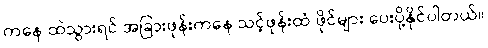
ကနေ ထဲသွားရင် အခြားဖုန်းကနေ သင့်ဖုန်းထံ ဖိုင်များ ပေးပို့နိုင်ပါတယ်။